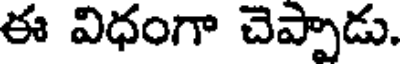
ఈ విధంగా చెప్పాడు.